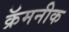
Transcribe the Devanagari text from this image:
क्रॅमनीक